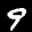
Label: 9